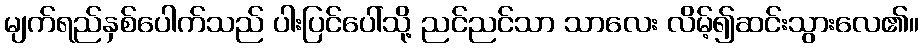
မျက်ရည်နှစ်ပေါက်သည် ပါးပြင်ပေါ်သို့ ညင်ညင်သာ သာလေး လိမ့်၍ဆင်းသွားလေ၏။